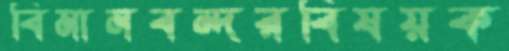
বিমানবন্দরবিষয়ক